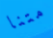
متنا